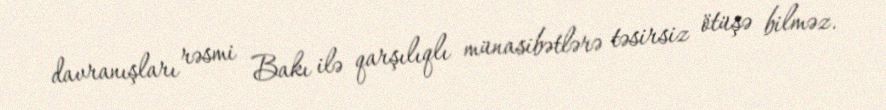
davranışları rəsmi Bakı ilə qarşılıqlı münasibətlərə təsirsiz ötüşə bilməz.